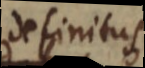
definitus